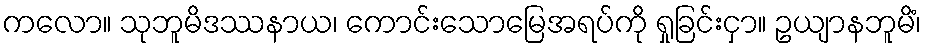
ကလော။ သုဘူမိဒဿနာယ၊ ကောင်းသောမြေအရပ်ကို ရှုခြင်းငှာ။ ဥယျာနဘူမိံ၊